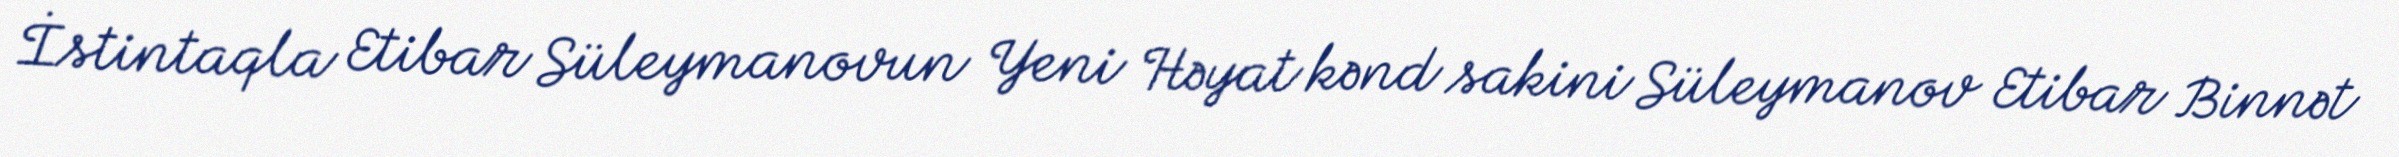
İstintaqla Etibar Süleymanovun Yeni Həyat kənd sakini Süleymanov Etibar Binnət